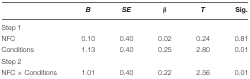
|  | B | SE | β | T | Sig. |
 | --- | --- | --- | --- | --- | --- |
 | Step 1 |  |  |  |  |  |
 | NFC | 0.10 | 0.40 | 0.02 | 0.24 | 0.81 |
 | Conditions | 1.13 | 0.40 | 0.25 | 2.80 | 0.01 |
 | Step 2 |  |  |  |  |  |
 | NFC × Conditions | 1.01 | 0.40 | 0.22 | 2.56 | 0.01 |